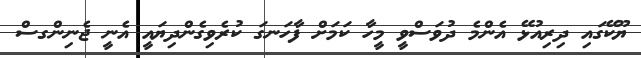
ޔޫކޭގައި ދިރިއުޅޭ އެންމެ ދުވަސްވީ މީހާ ކަމަށް ފާހަނގަ ކުރެވިގެންދިޔައީ އެނީ ޖެނިންގސް